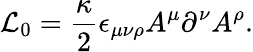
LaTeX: {\cal L}_{0}=\frac{\kappa}{2}\epsilon_{\mu\nu\rho}A^{\mu}\partial^{\nu}A^{\rho}.